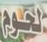
لحوم